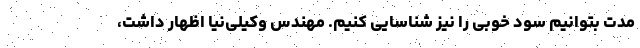
مدت بتوانیم سود خوبی را نیز شناسایی کنیم. مهندس وکیلی‌نیا اظهار داشت،